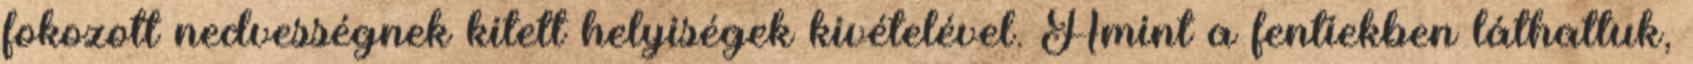
fokozott nedvességnek kitett helyiségek kivételével. Amint a fentiekben láthattuk,